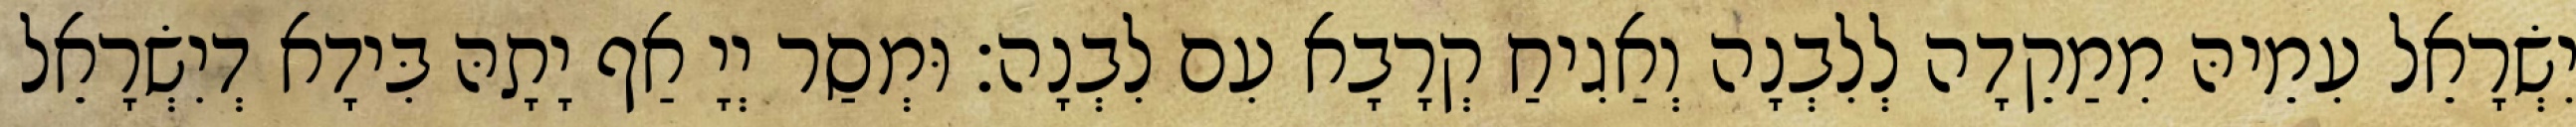
יִשְׂרָאֵל עִמֵיהּ מִמַקֵדָה לְלִבְנָה וְאַגִיחַ קְרָבָא עִם לִבְנָה׃ וּמְסַר יְיָ אַף יָתָהּ בִּידָא דְיִשְׂרָאֵל